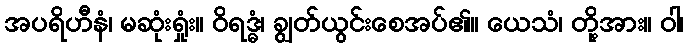
အပရိဟီနံ၊ မဆုံးရှုံး။ ဝိရဒ္ဓံ၊ ချွတ်ယွင်းစေအပ်၏။ ယေသံ၊ တို့အား။ ဝါ၊